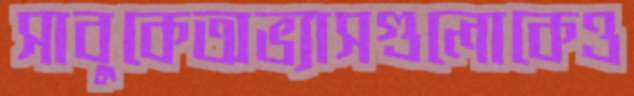
সাবুকেঅভ্যাসগুলোকেও